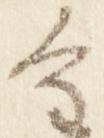
重